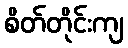
စိတ်တိုင်းကျ